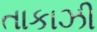
તાકાઝી